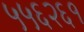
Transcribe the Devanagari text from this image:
५५६२६१